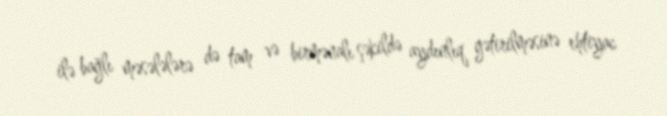
ilə bağlı məsələlərə də tam və birmənalı şəkildə aydınlıq gətirilməsinə ehtiyac